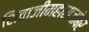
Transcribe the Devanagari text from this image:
शिवाजीमहाराजांबर